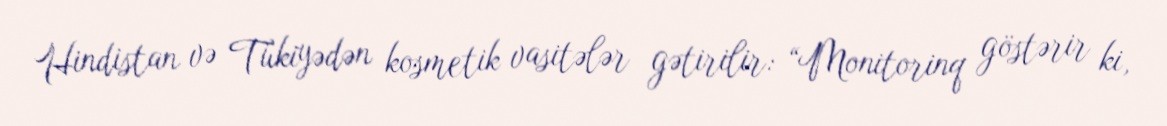
Hindistan və Tükiyədən kosmetik vasitələr gətirilir: “Monitorinq göstərir ki,